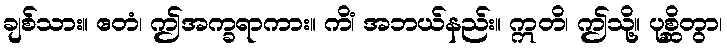
ချစ်သား။ ဧတံ၊ ဤအက္ခရာကား။ ကိံ၊ အဘယ်နည်း။ ဣတိ၊ ဤသို့။ ပုစ္ဆိတွာ၊